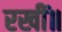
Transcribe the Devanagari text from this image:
रखीं॥